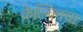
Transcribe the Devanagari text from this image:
केल्विनचा